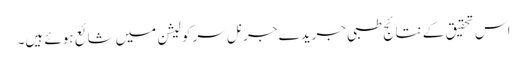
اس تحقیق کے نتائج طبی جریدے جرنل سرکولیشن میں شائع ہوئے ہیں۔